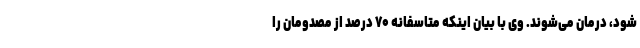
شود، درمان می‌شوند. وی با بیان اینکه متاسفانه ۷۰ درصد از مصدومان را